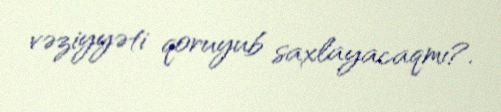
vəziyyəti qoruyub saxlayacaqmı?.